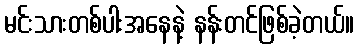
မင်းသားတစ်ပါးအနေနဲ့ နန်းတင်ဖြစ်ခဲ့တယ်။